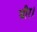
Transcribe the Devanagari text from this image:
चीर।